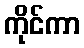
ကိုင်ကာ